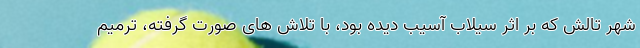
شهر تالش که بر اثر سیلاب آسیب دیده بود، با تلاش های صورت گرفته، ترمیم